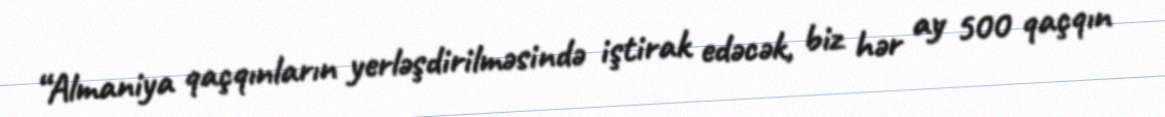
“Almaniya qaçqınların yerləşdirilməsində iştirak edəcək, biz hər ay 500 qaçqın